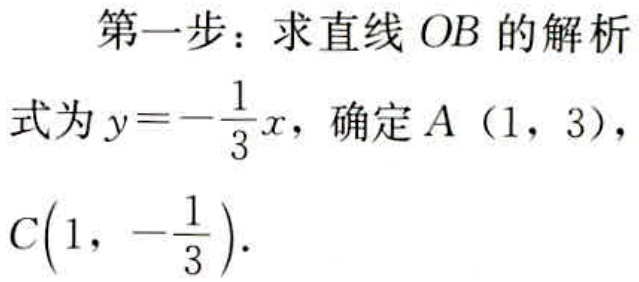
第一步：求直线 \(OB\) 的解析
式为 \(y = -\frac{1}{3}x\)，确定 \(A(1,3)\)，
\(C\left(1,-\frac{1}{3}\right)\).